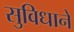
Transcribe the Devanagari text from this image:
सुविधाने